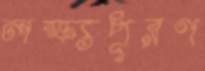
লক্ষ্যপূরণ